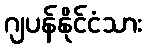
ဂျပန်နိုင်ငံသား